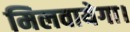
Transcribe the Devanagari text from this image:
मिलवायेगा।